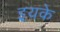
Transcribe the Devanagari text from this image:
इयके